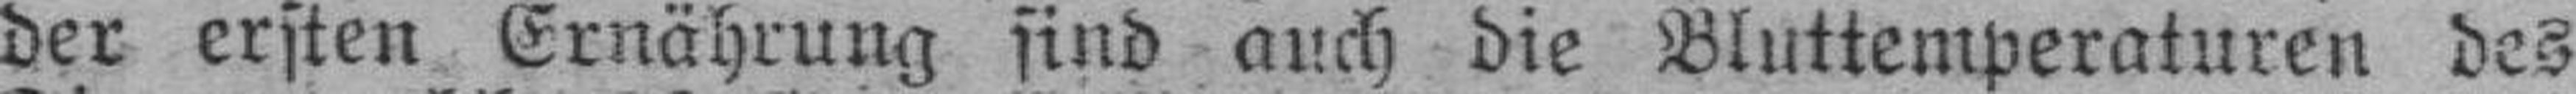
der ersten Ernährung sind auch die Bluttemperaturen des